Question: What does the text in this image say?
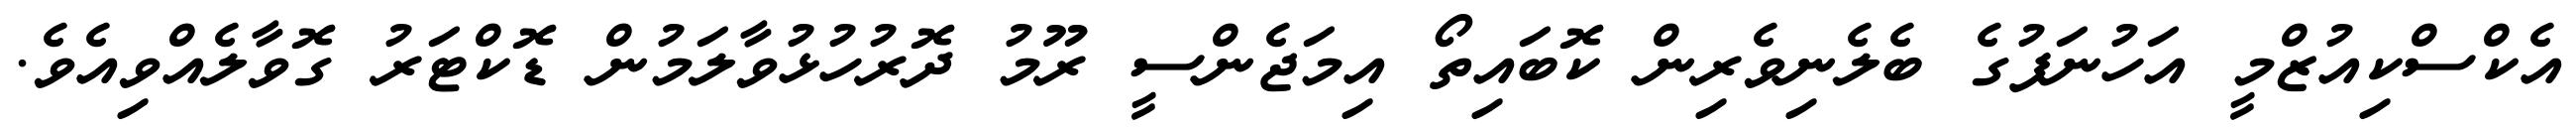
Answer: އެކްސްކިއުޒްމީ އަހުނަފުގެ ބެލެނިވެރިން ކޮބައިތޯ އިމަޖެންސީ ރޫމު ދޮރުހުޅުވާލަމުން ޑޮކްޓަރު ގޮވާލެއްވިއެވެ.